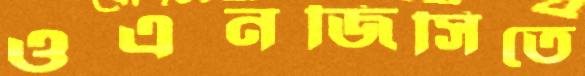
ওএনজিসিতে